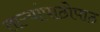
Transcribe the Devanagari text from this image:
ताऱ्यांपाठोपाठ